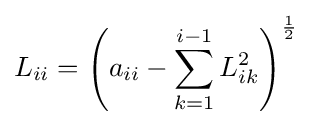
L_{ii}=\left({a_{ii}-\sum \limits _{k=1}^{i-1}{L_{ik}^{2}}}\right)^{1 \over 2}